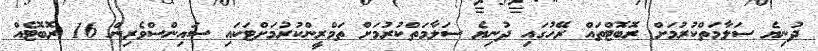
ދުނިޔެ ސަލާމަތްކުރުމަށް ރޮބޮޓްތައް ރޭހުގައި ދުނިޔެ ސަލާމަތްކުރުމަށް ތަމްރީންކުރުމަށްޓަކައި ސައިންސްވެރިން 16 ރޮބޮޓެއް